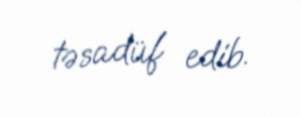
təsadüf edib.